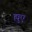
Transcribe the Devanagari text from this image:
ह्युए